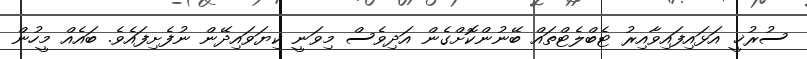
ސުރުޚީ އަޅައިފައިވާއިރު ޓެބްލެޓްތައް ބޭނުންކޮށްގެން އަދިވެސް މިވަނީ ކިޔަވައިދޭން ނުފެށިފައެވެ. ބައެއް މީހުން